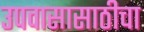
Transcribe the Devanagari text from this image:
उपवासासाठीचा